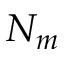
N _ { m }